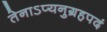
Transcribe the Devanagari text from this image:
तेनाऽप्यनुग्रहपदं